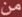
من